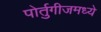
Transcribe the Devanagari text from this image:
पोर्तुगीजमध्ये